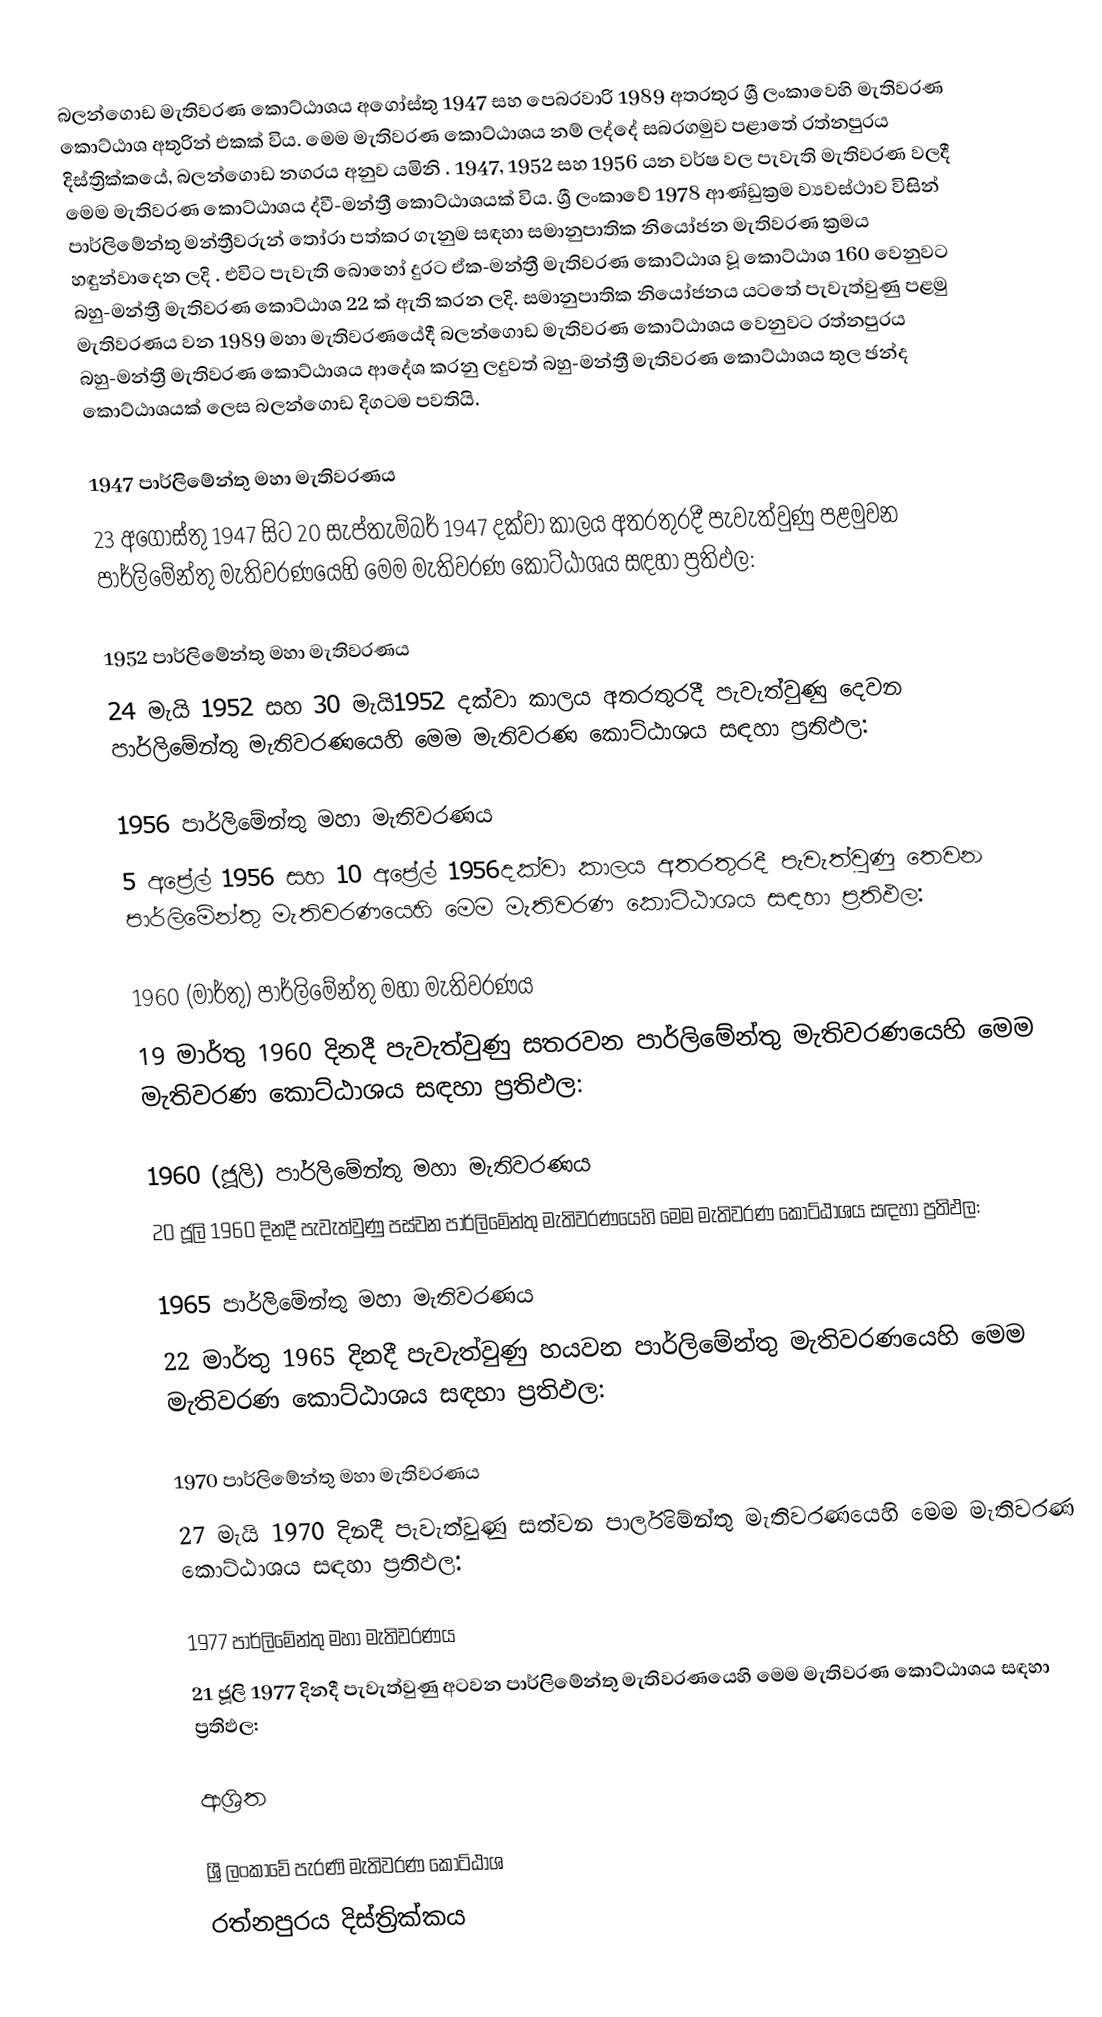
බලන්ගොඩ මැතිවරණ කොට්ඨාශය  අගෝස්තු 1947 සහ පෙබරවාරි 1989 අතරතුර  ශ්‍රී ලංකාවෙහි  මැතිවරණ කොට්ඨාශ අතුරින් එකක් විය. මෙම මැතිවරණ කොට්ඨාශය නම් ලද්දේ  සබරගමුව පළාතේ  රත්නපුරය  දිස්ත්‍රික්කයේ,  බලන්ගොඩ නගරය අනුව යමිනි . 1947, 1952 සහ 1956 යන වර්ෂ වල පැවැති මැතිවරණ වලදී මෙම මැතිවරණ කොට්ඨාශය ද්වී-මන්ත්‍රී කොට්ඨාශයක් විය. ශ්‍රී ලංකාවේ 1978 ආණ්ඩුක්‍රම ව්‍යවස්ථාව විසින්   පාර්ලිමේන්තු මන්ත්‍රීවරුන් තෝරා පත්කර ගැනුම සඳහා සමානුපාතික නියෝජන මැතිවරණ ක්‍රමය හඳුන්වාදෙන ලදි . එවිට පැවැති බොහෝ දුරට  ඒක-මන්ත්‍රී මැතිවරණ කොට්ඨාශ වූ කොට්ඨාශ 160 වෙනුවට බහු-මන්ත්‍රී මැතිවරණ කොට්ඨාශ 22 ක් ඇති කරන ලදි. සමානුපාතික නියෝජනය යටතේ පැවැත්වුණු  පළමු මැතිවරණය වන 1989 මහා මැතිවරණයේදී  බලන්ගොඩ මැතිවරණ කොට්ඨාශය වෙනුවට  රත්නපුරය බහු-මන්ත්‍රී මැතිවරණ කොට්ඨාශය  ආදේශ කරනු ලදුවත් බහු-මන්ත්‍රී මැතිවරණ කොට්ඨාශය තුල ඡන්ද කොට්ඨාශයක් ලෙස බලන්ගොඩ දිගටම පවතියි.

1947 පාර්ලිමේන්තු මහා මැතිවරණය
23 අගෝස්තු 1947 සිට 20 සැප්තැම්බර් 1947 දක්වා කාලය අතරතුරදී පැවැත්වුණු   පළමුවන පාර්ලිමේන්තු මැතිවරණයෙහි මෙම මැතිවරණ කොට්ඨාශය සඳහා ප්‍රතිඵල:

1952 පාර්ලිමේන්තු මහා මැතිවරණය
24 මැයි 1952 සහ 30 මැයි1952 දක්වා කාලය අතරතුරදී පැවැත්වුණු   දෙවන පාර්ලිමේන්තු මැතිවරණයෙහි මෙම මැතිවරණ කොට්ඨාශය සඳහා ප්‍රතිඵල:

1956 පාර්ලිමේන්තු මහා මැතිවරණය
5 අප්‍රේල් 1956 සහ 10 අප්‍රේල් 1956දක්වා කාලය අතරතුරදී පැවැත්වුණු   තෙවන පාර්ලිමේන්තු මැතිවරණයෙහි මෙම මැතිවරණ කොට්ඨාශය සඳහා ප්‍රතිඵල:

1960 (මාර්තු) පාර්ලිමේන්තු මහා මැතිවරණය
19 මාර්තු 1960 දිනදී පැවැත්වුණු   සතරවන පාර්ලිමේන්තු මැතිවරණයෙහි මෙම මැතිවරණ කොට්ඨාශය සඳහා ප්‍රතිඵල:

1960 (ජූලි) පාර්ලිමේන්තු මහා මැතිවරණය
20 ජූලි 1960 දිනදී පැවැත්වුණු   පස්වන පාර්ලිමේන්තු මැතිවරණයෙහි මෙම මැතිවරණ කොට්ඨාශය සඳහා ප්‍රතිඵල:

1965 පාර්ලිමේන්තු මහා මැතිවරණය
22 මාර්තු 1965  දිනදී පැවැත්වුණු   හයවන පාර්ලිමේන්තු මැතිවරණයෙහි මෙම මැතිවරණ කොට්ඨාශය සඳහා ප්‍රතිඵල:

1970 පාර්ලිමේන්තු මහා මැතිවරණය
27 මැයි 1970 දිනදී පැවැත්වුණු   සත්වන පාර්ලිමේන්තු මැතිවරණයෙහි මෙම මැතිවරණ කොට්ඨාශය සඳහා ප්‍රතිඵල:

1977 පාර්ලිමේන්තු මහා මැතිවරණය
21 ජූලි 1977 දිනදී පැවැත්වුණු   අටවන පාර්ලිමේන්තු මැතිවරණයෙහි මෙම මැතිවරණ කොට්ඨාශය සඳහා ප්‍රතිඵල:

ආශ්‍රිත

ශ්‍රී ලංකාවේ පැරණි මැතිවරණ කොට්ඨාශ
 රත්නපුරය දිස්ත්‍රික්කය